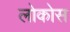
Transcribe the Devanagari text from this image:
लोकोस